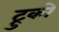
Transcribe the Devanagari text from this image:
ट्रुको